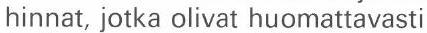
hinnat, jotka olivat huomattavasti